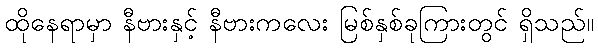
ထိုနေရာမှာ နီဗားနှင့် နီဗားကလေး မြစ်နှစ်ခုကြားတွင် ရှိသည်။